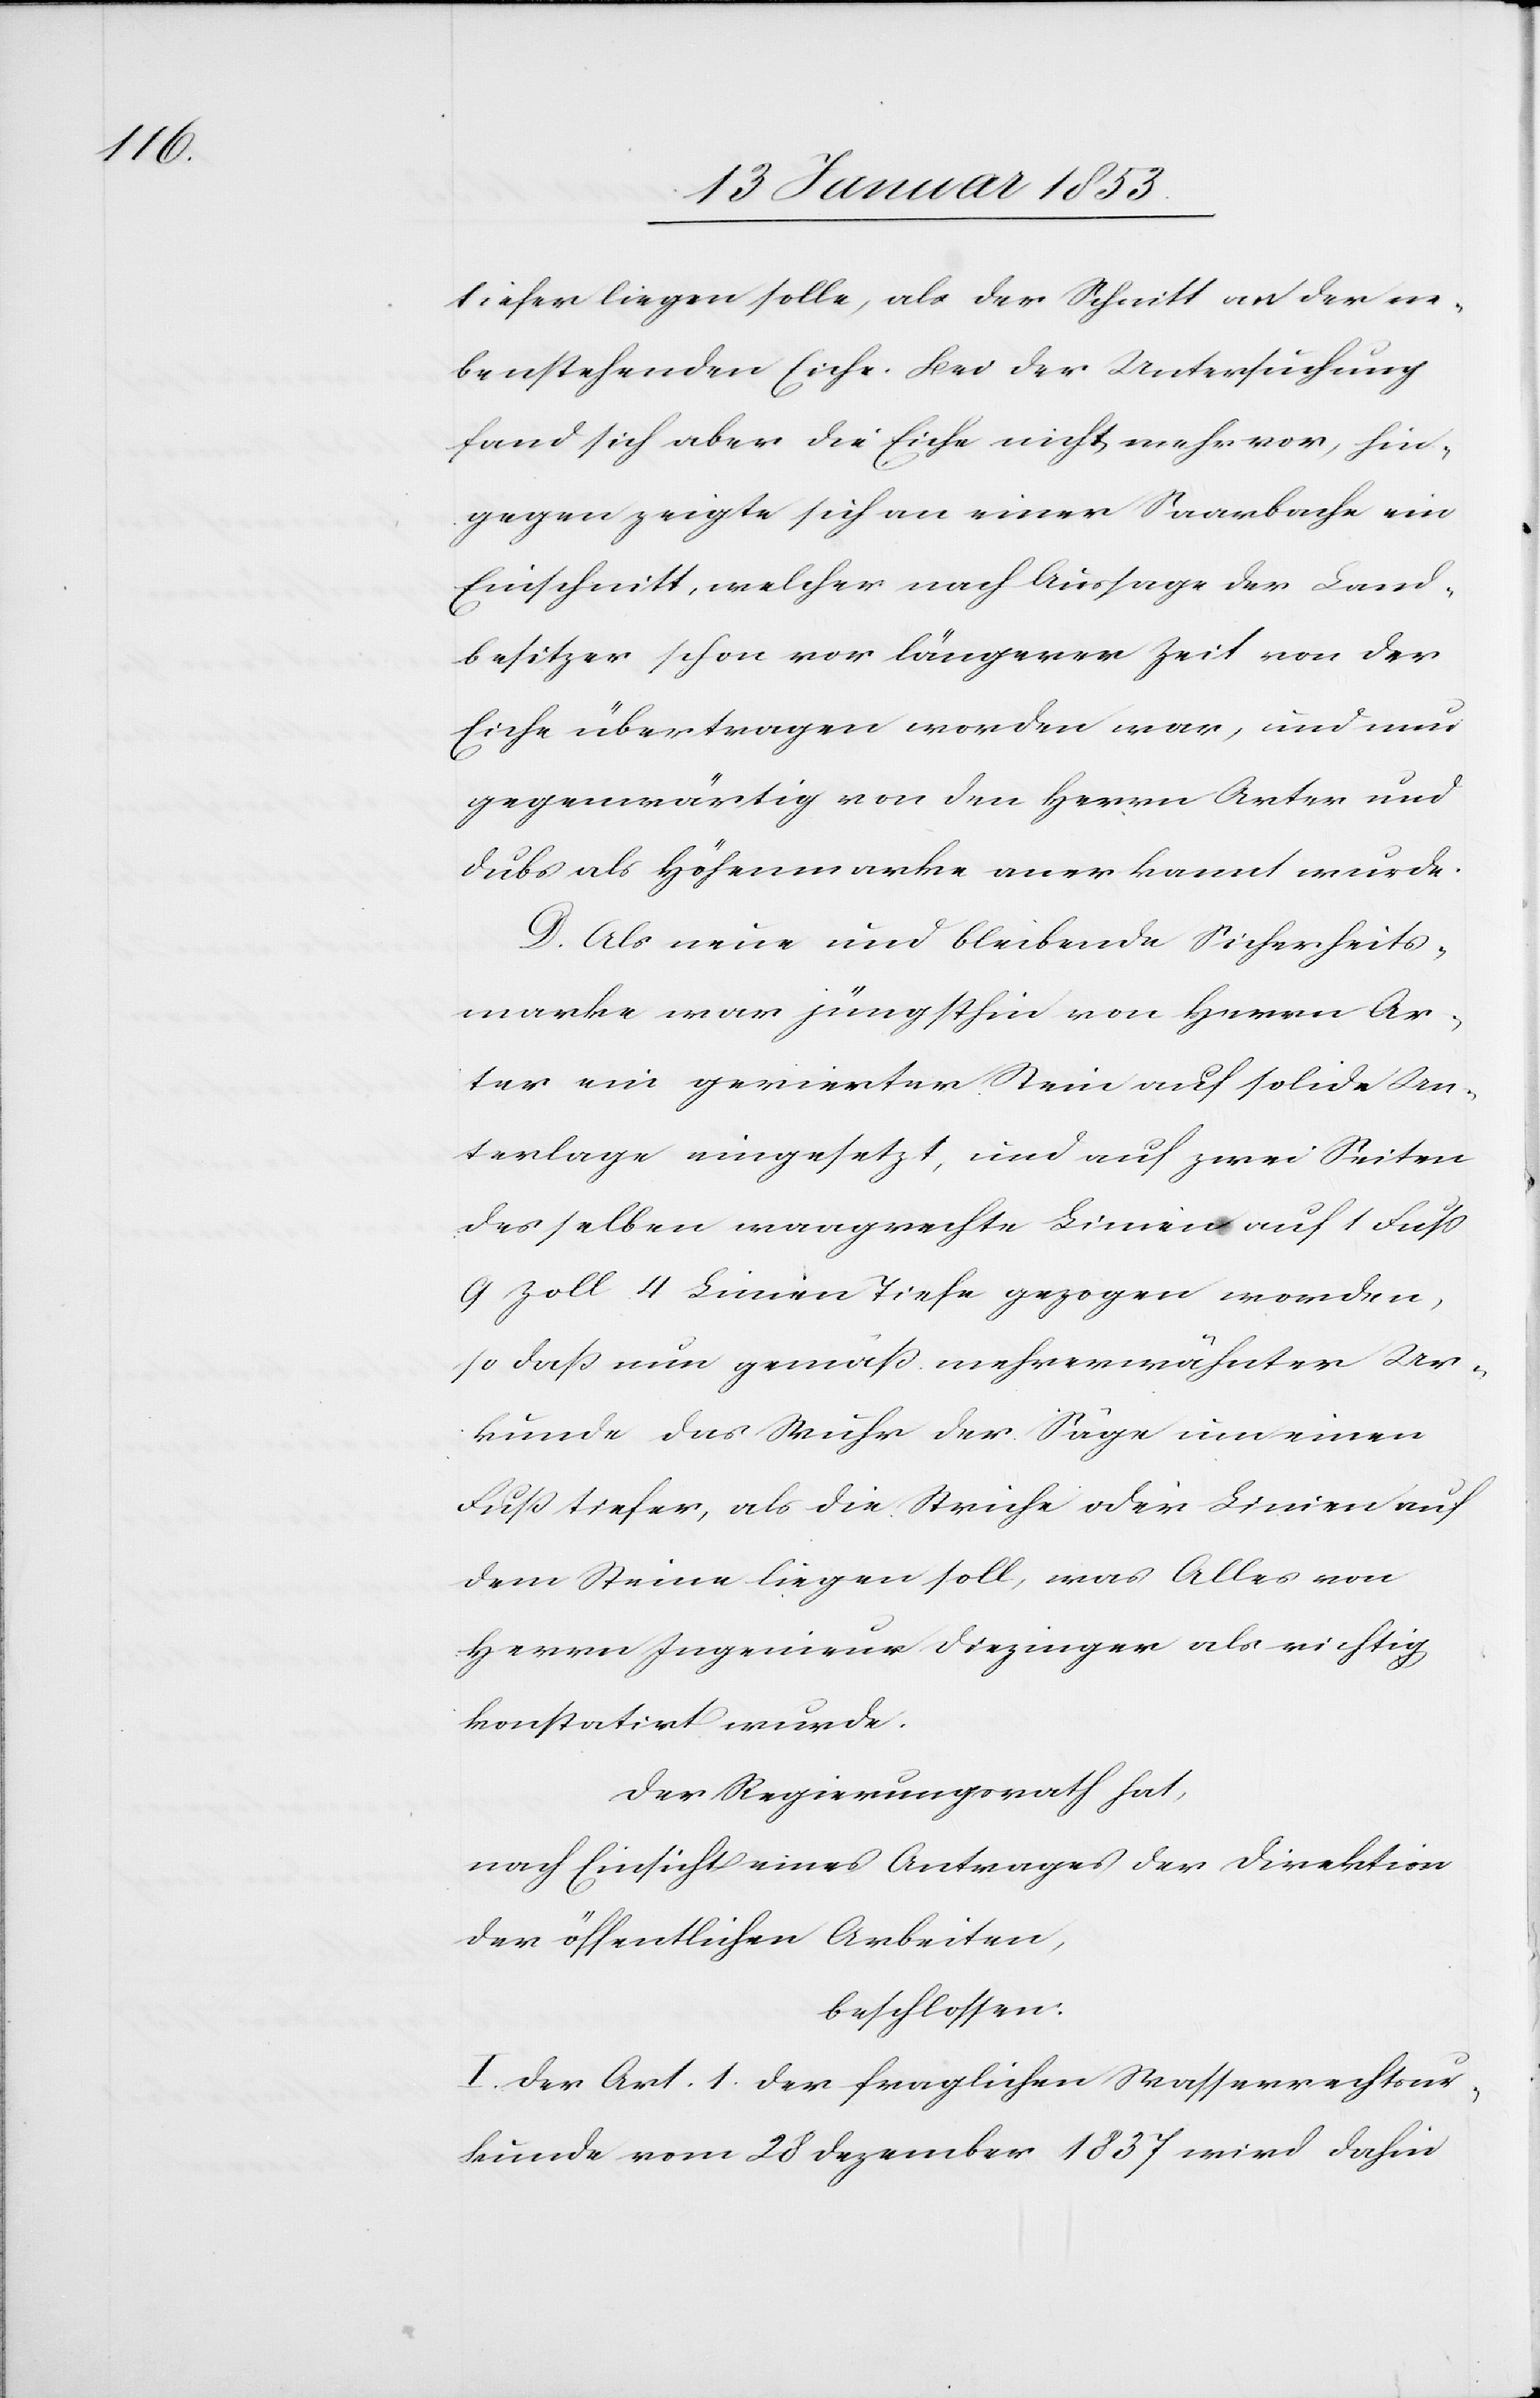
tiefer liegen solle, als der Schnitt an der ne¬
benstehenden Eiche. Bei der Untersuchung
fand sich aber die Eiche nicht mehr vor, hin¬
gegen zeigte sich an einer Saarbache
Einschnitt, welcher nach Aussage der Land¬
besitzer schon vor längerer Zeit von der
Eiche übertragen worden war, und nur
gegenwärtig von den Herrn Arter und
Dubs als Höhenmarke anerkannt wurde.
Als neue und bleibende Sicherheits¬
marke war jüngsthin von Herrn Ar¬
ter ein gevierter [sic!] Stein auf solche Un¬
terlage eingesetzt, und auf zwei Seiten
desselben waagrechte Linien auf 1 Fuß
9 Zoll 4 Linien Tiefe gezogen worden,
so daß nun gemäß mehrerwähnter Ur¬
kunde das Wuhr der Säge um einen
Fuß tiefer, als die Striche oder Linien auf
dem Steine liegen soll, was Alles von
Herrn Ingenieur Diezinger als richtig
konstatirt wurde.
Der Regierungsrath hat,
nach Einsicht eines Antrages der Direktion
der öffentlichen Arbeiten,
beschlossen:
I. Der Art. 1. der fraglichen Strassenrechtsur¬
kunde vom 28 Dezember 1837 wird dahin